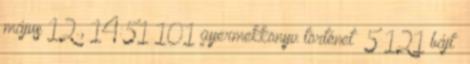
május 12., 14:51 ‎101 gyermekkönyv történet ‎ 5 121 bájt